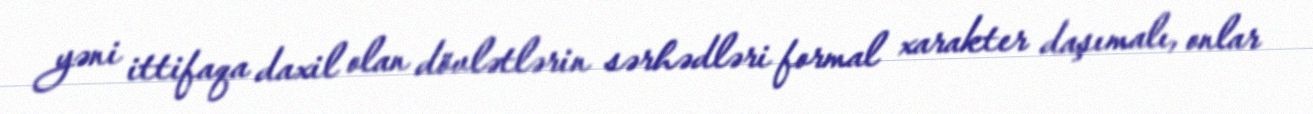
yəni ittifaqa daxil olan dövlətlərin sərhədləri formal xarakter daşımalı, onlar